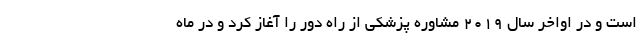
است و در اواخر سال ۲۰۱۹ مشاوره پزشکی از راه دور را آغاز کرد و در ماه